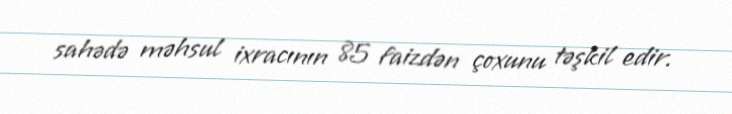
sahədə məhsul ixracının 85 faizdən çoxunu təşkil edir.